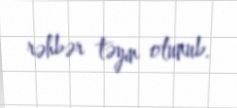
rəhbər təyin olunub.